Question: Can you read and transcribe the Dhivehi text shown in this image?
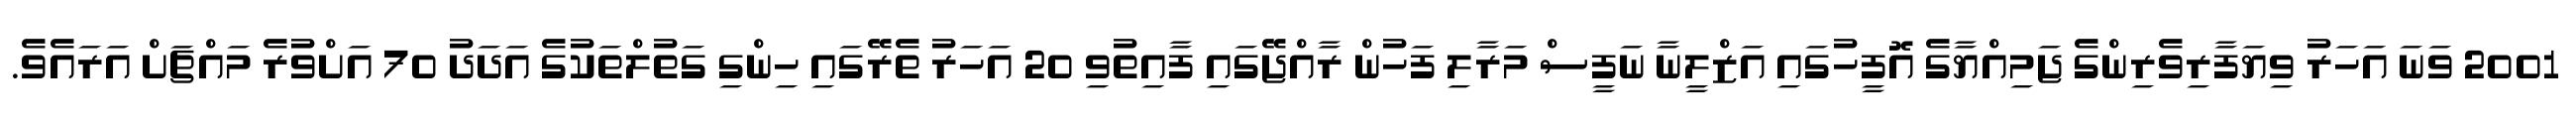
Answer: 2001 ވަނަ އަހަރު ވިޔަފާރިވެރިންގެ ޖަމިއްޔާގެ އޮފީހުގައި އަޒްލީނާ ނަފީސް މަރާލި ފަހުން ރާއްޖޭގައި ފާއިތުވި 20 އަހަރު ތެރޭގައި ހިންގި ގަތުލްތަކުގެ އަދަދު 70 އަށްވުރެ މައްޗަށް އަރައެވެ.